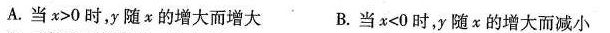
A.当$$x > 0$$时，y随x的增大而增大 B.当 $$x < 0$$时，y随x的增大而减小